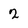
Character: 2